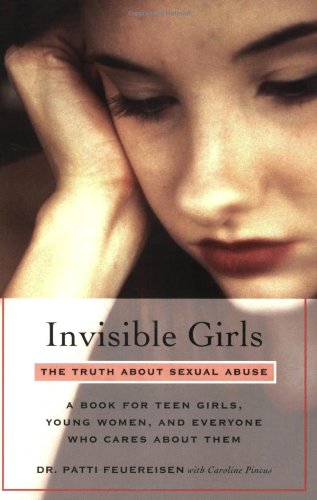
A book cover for Invisible Girls: The Truth About Sexual Abuse--A Book for Teen Girls, Young Women, and Everyone Who Cares About Them; Patti Feuereisen; Teen & Young Adult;